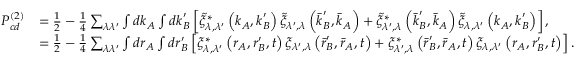
\begin{array} { r l } { P _ { c d } ^ { ( 2 ) } } & { = \frac { 1 } { 2 } - \frac { 1 } { 4 } \sum _ { \lambda \lambda ^ { \prime } } \int d \boldsymbol { k } _ { A } \int d \boldsymbol { k } _ { B } ^ { \prime } \left[ \tilde { \xi } _ { \lambda , \lambda ^ { \prime } } ^ { * } \left( \boldsymbol { k } _ { A } , \boldsymbol { k } _ { B } ^ { \prime } \right) \tilde { \xi } _ { \lambda ^ { \prime } , \lambda } \left( \boldsymbol { \bar { k } } _ { B } ^ { \prime } , \boldsymbol { \bar { k } } _ { A } \right) + \tilde { \xi } _ { \lambda ^ { \prime } , \lambda } ^ { * } \left( \boldsymbol { \bar { k } } _ { B } ^ { \prime } , \boldsymbol { \bar { k } } _ { A } \right) \tilde { \xi } _ { \lambda , \lambda ^ { \prime } } \left( \boldsymbol { k } _ { A } , \boldsymbol { k } _ { B } ^ { \prime } \right) \right] , } \\ & { = \frac { 1 } { 2 } - \frac { 1 } { 4 } \sum _ { \lambda \lambda ^ { \prime } } \int d \boldsymbol { r } _ { A } \int d \boldsymbol { r } _ { B } ^ { \prime } \left[ \xi _ { \lambda , \lambda ^ { \prime } } ^ { * } \left( \boldsymbol { r } _ { A } , \boldsymbol { r } _ { B } ^ { \prime } , t \right) \xi _ { \lambda ^ { \prime } , \lambda } \left( \boldsymbol { \bar { r } } _ { B } ^ { \prime } , \boldsymbol { \bar { r } } _ { A } , t \right) + \xi _ { \lambda ^ { \prime } , \lambda } ^ { * } \left( \boldsymbol { \bar { r } } _ { B } ^ { \prime } , \boldsymbol { \bar { r } } _ { A } , t \right) \xi _ { \lambda , \lambda ^ { \prime } } \left( \boldsymbol { r } _ { A } , \boldsymbol { r } _ { B } ^ { \prime } , t \right) \right] . } \end{array}